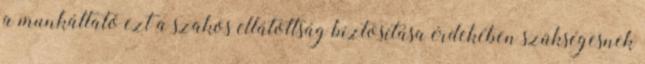
a munkáltató ezt a szakos ellátottság biztosítása érdekében szükségesnek